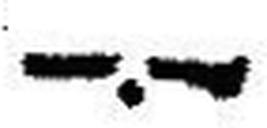
—.—